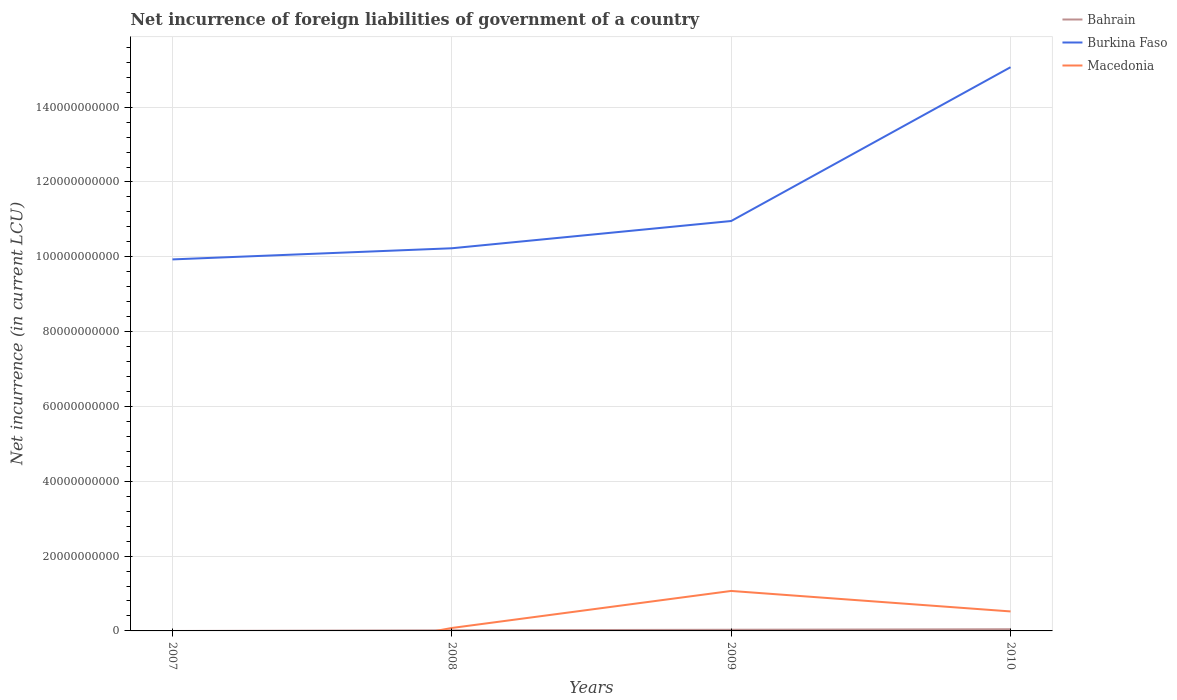
| Years | Bahrain | Burkina Faso | Macedonia |
 | --- | --- | --- | --- |
 | 2007 | -1.74e+07 | 9.93e+10 | -1.3e+10 |
 | 2008 | 1.65e+08 | 1.02e+11 | 7.88e+08 |
 | 2009 | 3.09e+08 | 1.1e+11 | 1.07e+10 |
 | 2010 | 4.48e+08 | 1.51e+11 | 5.21e+09 |